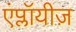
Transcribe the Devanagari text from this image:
एंप्लॉयीज़